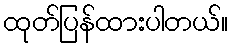
ထုတ်ပြန်ထားပါတယ်။